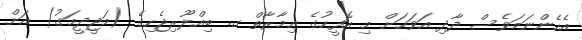
އެހެންނަމަވެސް ދާދި އަވަހަށް މި އޮފީހުގެ ޢިމާރާތް ގ. ބިއްލޫރިޖެހިގެ (މަޖީދީމަގު) އަށް